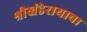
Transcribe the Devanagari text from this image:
श्रीखंडेरायाचा